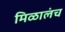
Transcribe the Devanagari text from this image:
मिळालंच